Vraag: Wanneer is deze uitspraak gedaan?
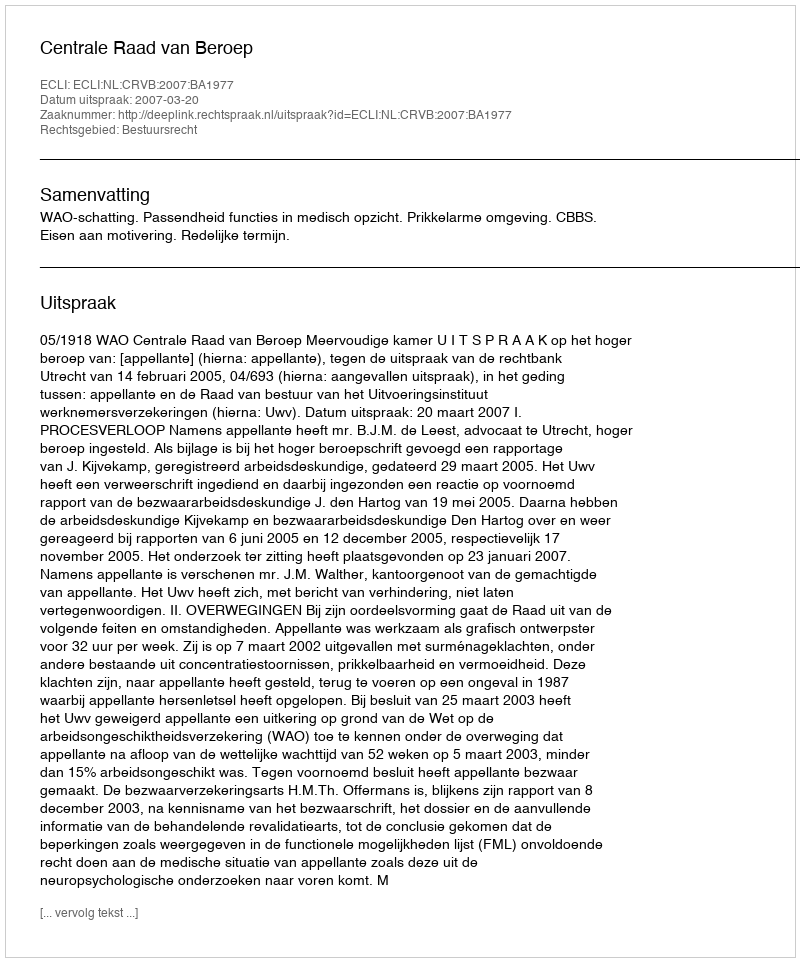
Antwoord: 2007-03-20